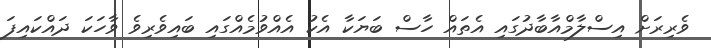
ވެރިރަށް އިސްލާމްއާބާދުގައި އެތައް ހާސް ބަޔަކާ އެކު އެއްވުމެއްގައި ބައިވެރިވެ ވާހަކަ ދައްކައިފަ